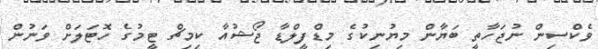
ވެކްސިން ނުޖަހާތީ ބަޔާން މިޔުނިކުގެ މިޑްފީލްޑާ ޖޯޝުއާ ކިމިޗް ޓީމުގެ ހޮޓަލަށް ވަނުން